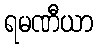
ရမဏီယာ